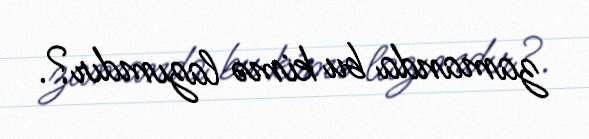
zamanda bu kimə lazımdır?.